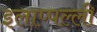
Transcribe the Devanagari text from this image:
इलाप्पल्ली